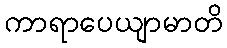
ကာရာပေယျာမာတိ